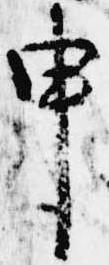
申